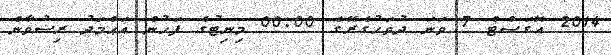
2014 އޮގަސްޓް 7 ވަނަ ދުވަހުގެރޭގެ 00:00 މިނިޓުގެ ފަހުން އަޙްމަދު ރިޟުވާން